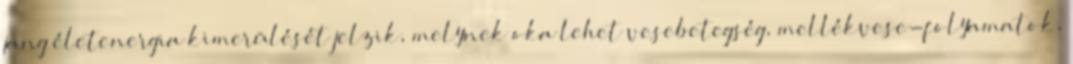
jang életenergia kimerülését jelzik, melynek oka lehet vesebetegség, mellékvese-folyamatok,